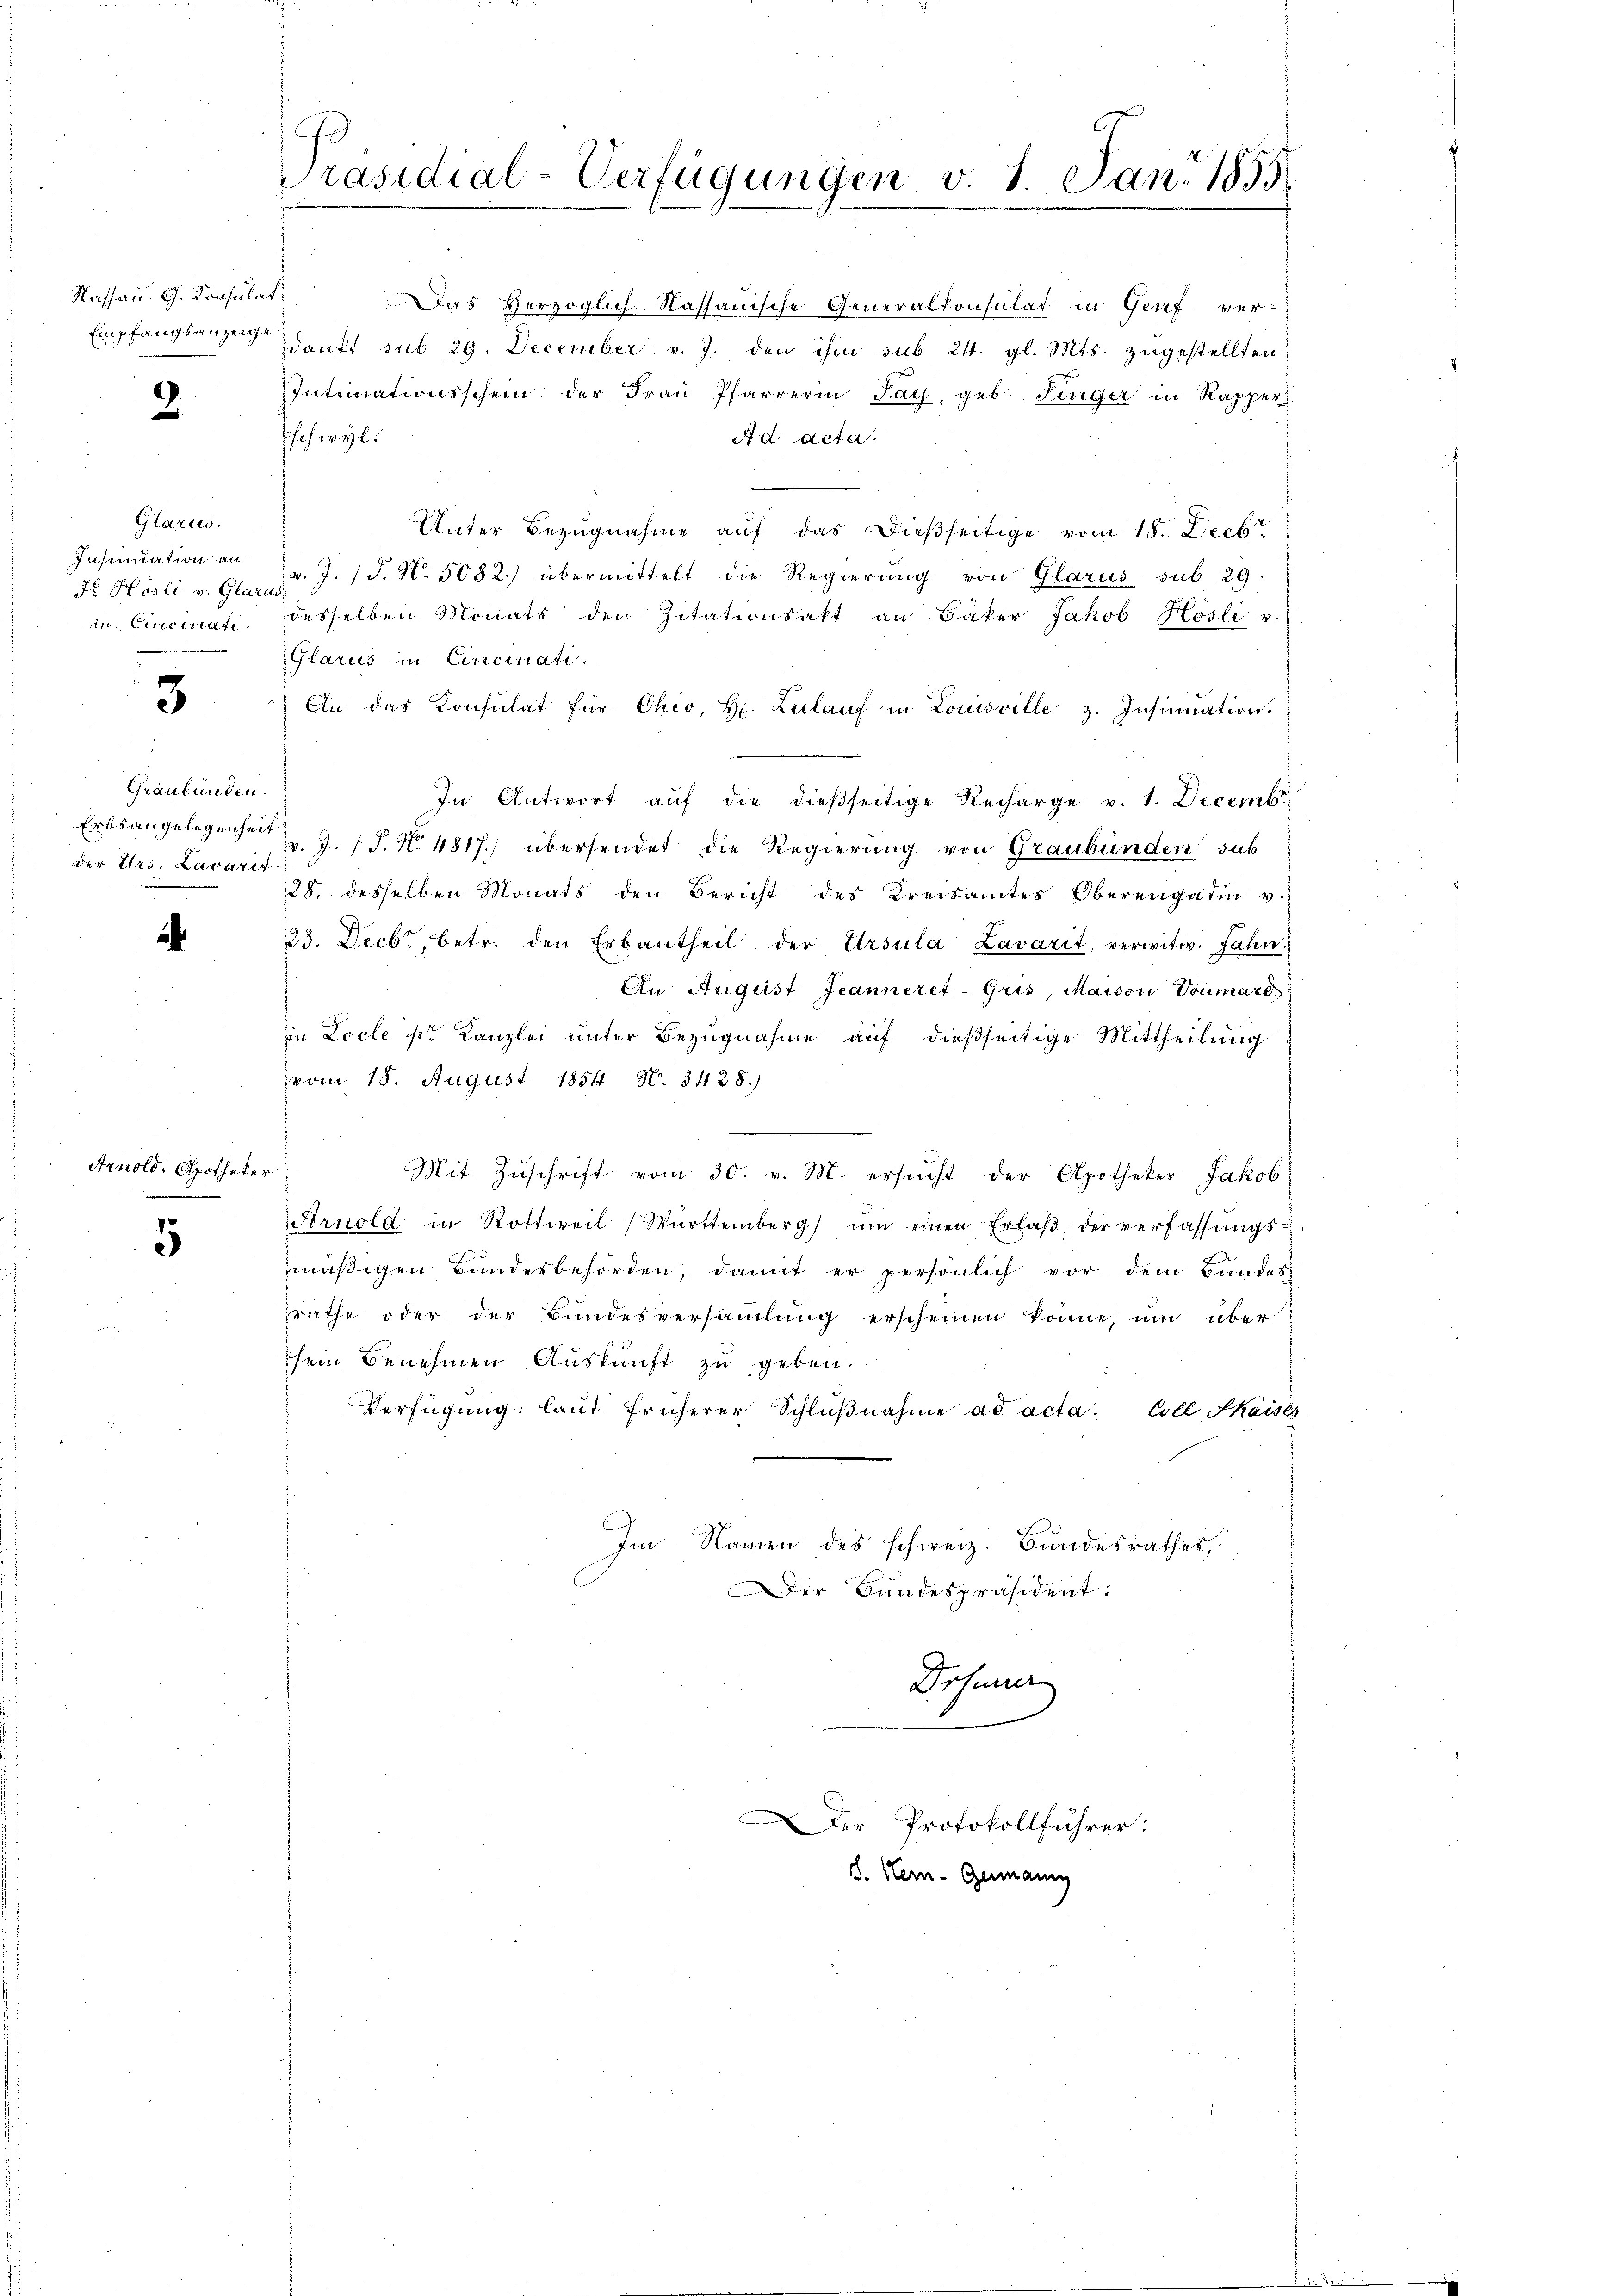
Kassau. G. Konsulat

2

Glarus.
Insinuation an
Fo Hösli v. Glarus,

3.

Graubünden.
Erbsangelegenheit
der Uri, Lavarit

2

5

Arnold, Apotheker
.

Präsidial-Verfügungen v. 1. Jan. 1855

Das Herzoglich-Kassauische Generalkonsulat in Genf ver-
Empfangsanzen dankt sub 29. December v. J. den ihm sub 24. gl. Mts. zugestellten
Intimationsschein der Frau Pfarrerin Pay, geb. Finger in Rapper
schwyl.
Ad Acta.
Unter Bezŭgnahme aŭf das dießseitige vom 18. Decbr
v. J. P. N. 5082) übermittelt die Regierung von Glarus sub. 29.
in Cincinati. desselben Monats den Zitationsakt an Bäker Jakob Hösli v.
Glarus in Cincinati
An das Konsulat für Chio, H. Zulauf in Louisville z. Insinuation.
In Antwort aŭf die dießseitige Recharge v. 1. Decembr
v. J. J. N. 4817.) übersendet die Regierung von Graubünden sub
28. desselben Monats den Bericht des Kreisamtes Oberengadin v.
23. Decbr., betr. den Erbantheil der Ursula Lavarit, verwitw. Jahn
An August Jeanneret-Gris, Maison Voumare
in Locle pr Kanzlei unter Bezugnahme auf dießseitige Mittheilung
vom 18. August 1854 N. 3428.)
Mit Zŭschrift vom 30. v. M. ersŭcht der Apotheker Jakob
Arnold in Rottweil (Württemberg ŭm einen Erlaβ der verfassŭngs-
mäßigen Bundesbehörden, damit er persönlich vor dem Bundes
zräthe oder der Bundesversammlung erscheinen könne, um über
sein Benehmen Auskunft zu geben.
Verfügŭng: laŭt früherer Schlŭβnahme ad acta. Coll Skaise
Im Namen des schweiz. Bundesrathes,
Der Bundespräsident:
Drsuner
Der Protokollführer:
d. Hern. Germann